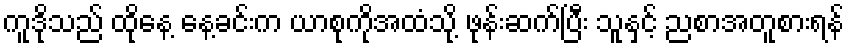
ကူဒိုသည် ထိုနေ့ နေ့ခင်းက ယာစုကိုအထံသို့ ဖုန်းဆက်ပြီး သူနှင့် ညစာအတူစားရန်